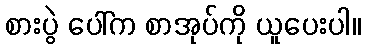
စားပွဲ ပေါ်က စာအုပ်ကို ယူပေးပါ။